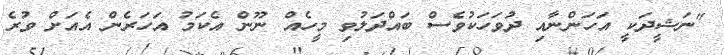
"ނަޝީދަކީ އަހަންނާއި ދުވަހަކުވެސް ބައްދަލުވި މީހެއް ނޫން އެކަމު އަހަރެން އެއަށް ވުރެ